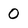
Character: 0